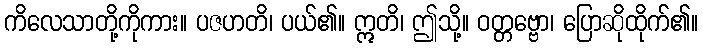
ကိလေသာတို့ကိုကား။ ပဇဟတိ၊ ပယ်၏။ ဣတိ၊ ဤသို့။ ဝတ္တဗ္ဗော၊ ပြောဆိုထိုက်၏။